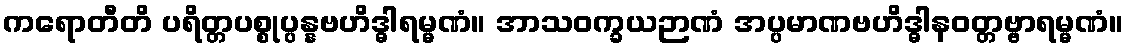
ကရောတီတိ ပရိတ္တပစ္စုပ္ပန္နဗဟိဒ္ဓါရမ္မဏံ။ အာသဝက္ခယဉာဏံ အပ္ပမာဏဗဟိဒ္ဓါနဝတ္တဗ္ဗာရမ္မဏံ။